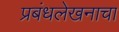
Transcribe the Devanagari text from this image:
प्रबंधलेखनाचा